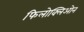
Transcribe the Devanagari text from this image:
फिलोक्लिओन